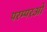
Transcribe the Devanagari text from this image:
परम्परओं